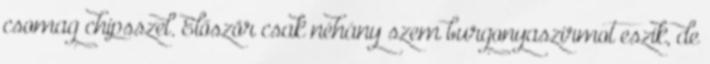
csomag chipsszel. Először csak néhány szem burgonyaszirmot eszik, de